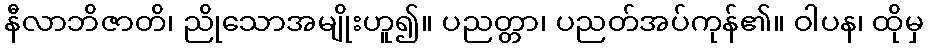
နီလာဘိဇာတိ၊ ညိုသောအမျိုးဟူ၍။ ပညတ္တာ၊ ပညတ်အပ်ကုန်၏။ ဝါပန၊ ထိုမှ